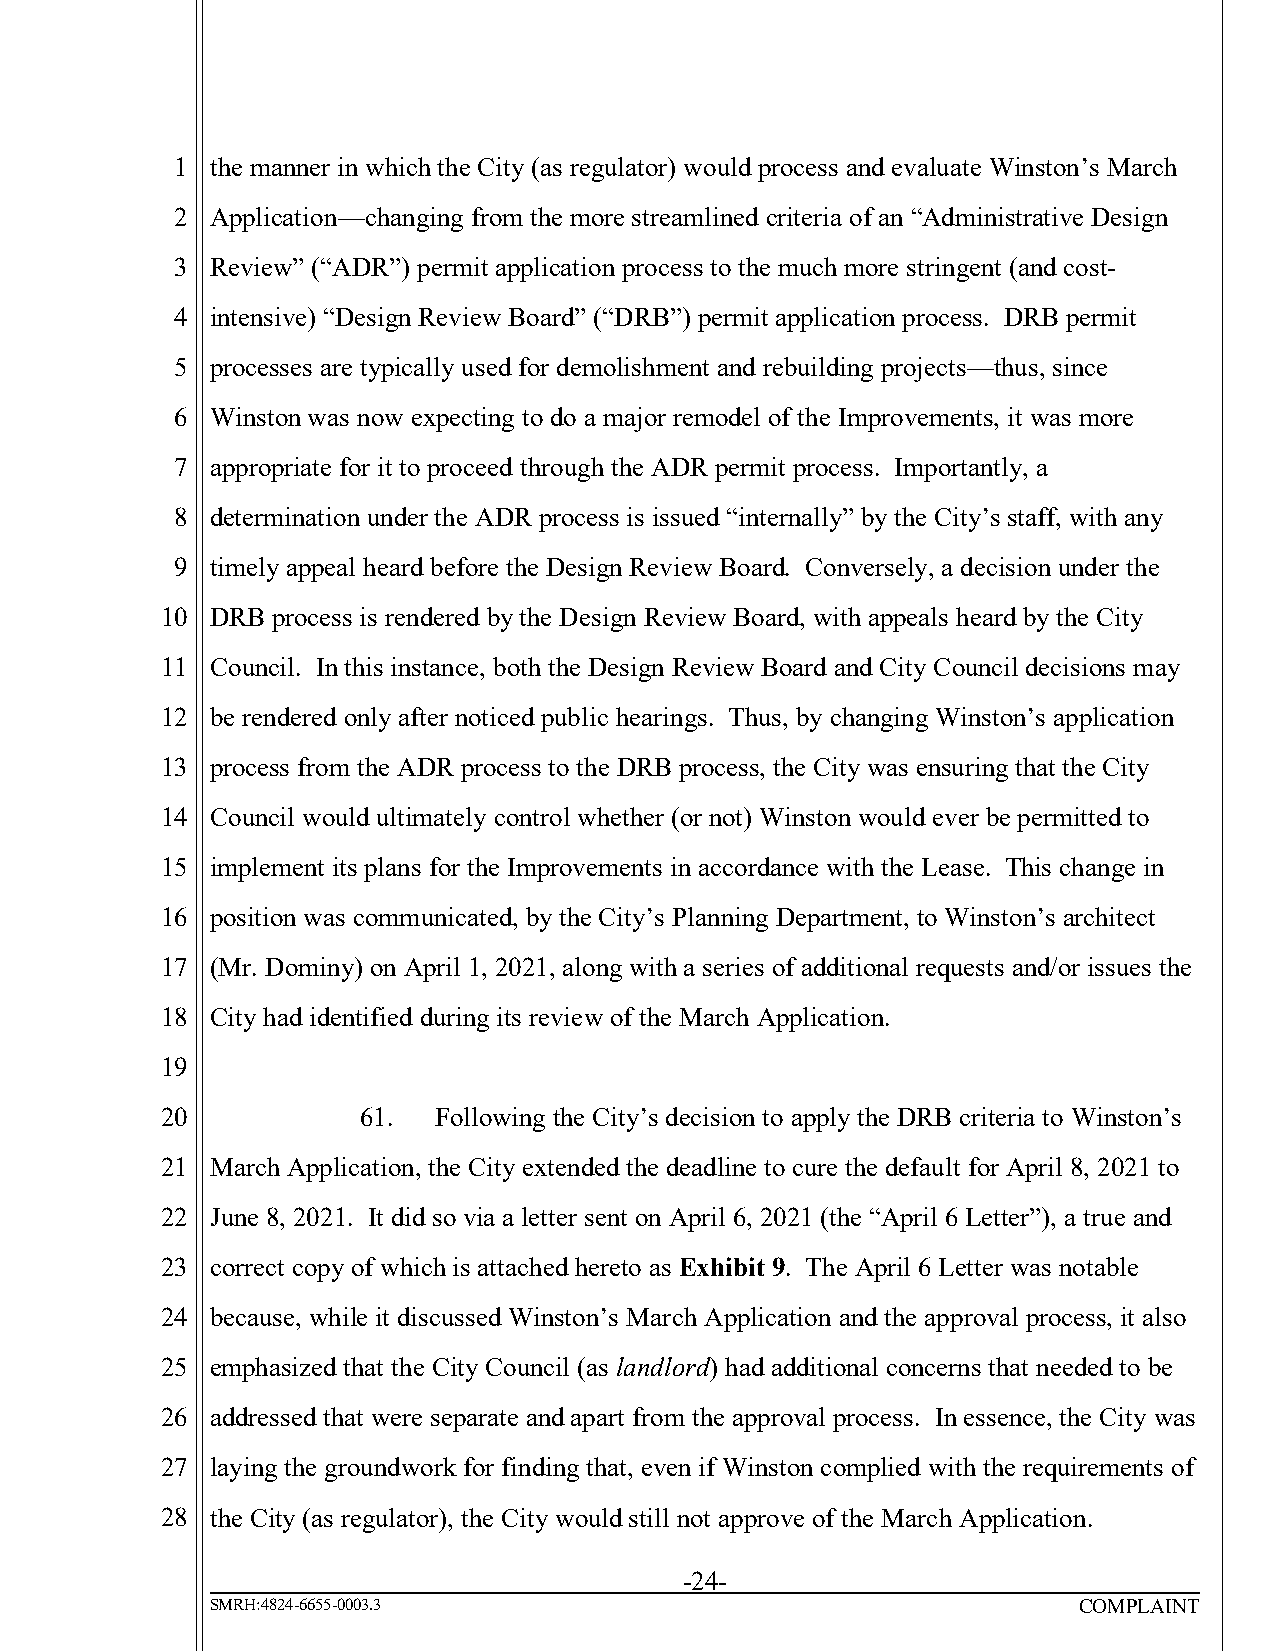
1 the manner in which the City (as regulator) would process and evaluate Winston’s March
 2 Application—changing from the more streamlined criteria of an “Administrative Design
 3 Review” (“ADR”) permit application process to the much more stringent (and cost-
 4 intensive) “Design Review Board” (“DRB”) permit application process. DRB permit
 5 processes are typically used for demolishment and rebuilding projects—thus, since
 6 Winston was now expecting to do a major remodel of the Improvements, it was more
 7 appropriate for it to proceed through the ADR permit process. Importantly, a
 8 determination under the ADR process is issued “internally” by the City’s staff, with any
 9 timely appeal heard before the Design Review Board. Conversely, a decision under the
 10 DRB process is rendered by the Design Review Board, with appeals heard by the City
 11 Council. In this instance, both the Design Review Board and City Council decisions may
 12 be rendered only after noticed public hearings. Thus, by changing Winston’s application
 13 process from the ADR process to the DRB process, the City was ensuring that the City
 14 Council would ultimately control whether (or not) Winston would ever be permitted to
 15 implement its plans for the Improvements in accordance with the Lease. This change in
 16 position was communicated, by the City’s Planning Department, to Winston’s architect
 17 (Mr. Dominy) on April 1, 2021, along with a series of additional requests and/or issues the
 18 City had identified during its review of the March Application.
 19
 20           61.  Following the City’s decision to apply the DRB criteria to Winston’s
 21 March Application, the City extended the deadline to cure the default for April 8, 2021 to
 22 June 8, 2021. It did so via a letter sent on April 6, 2021 (the “April 6 Letter”), a true and
 23 correct copy of which is attached hereto as Exhibit 9. The April 6 Letter was notable
 24 because, while it discussed Winston’s March Application and the approval process, it also
 25 emphasized that the City Council (as landlord) had additional concerns that needed to be
 26 addressed that were separate and apart from the approval process. In essence, the City was
 27 laying the groundwork for finding that, even if Winston complied with the requirements of
 28 the City (as regulator), the City would still not approve of the March Application.
 -24-
 SMRH:4824-6655-0003.3                                    COMPLAINT